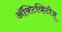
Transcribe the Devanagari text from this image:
अॅक्टिव्हिटीज्